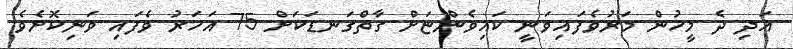
އަދި ދެ މީހުން މަރުވެފައިވަނީ ކައިވެންޏަށް ގާތްގަނޑަކަށް 75 އަހަރު ވެފައި ވަނިކޮށެވެ.